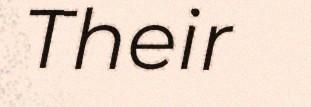
Their